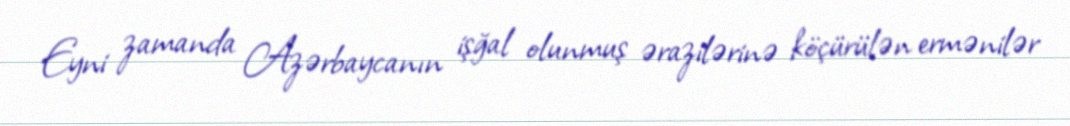
Eyni zamanda Azərbaycanın işğal olunmuş ərazilərinə köçürülən ermənilər